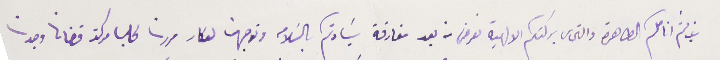
غب لثم انامكم الطاهرة والتماس بركتكم الالهية نعرض من بعد مفارقة سَيادتكم بالسَلامه توجهت لعكار مررنا لحلبا مركز قضانا وجدت